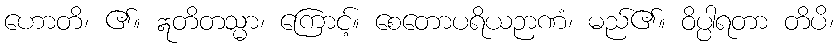
ဟောတိ၊ ၏။ ဣတိတသ္မာ၊ ကြောင့်။ စေတောပရိယဉာဏံ၊ မည်၏။ ဝိပ္ပါရတာ တိပိ၊